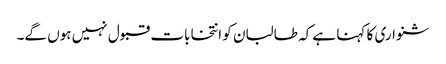
شنواری کا کہنا ہے کہ طالبان کو انتخابات قبول نہیں ہوں گے۔